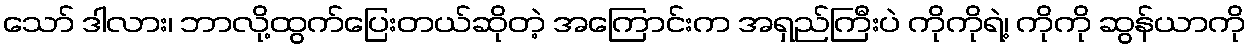
သော် ဒါလား၊ ဘာလို့ထွက်ပြေးတယ်ဆိုတဲ့ အကြောင်းက အရှည်ကြီးပဲ ကိုကိုရဲ့၊ ကိုကို ဆွန်ယာကို